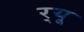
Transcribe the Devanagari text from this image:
र्‌यू